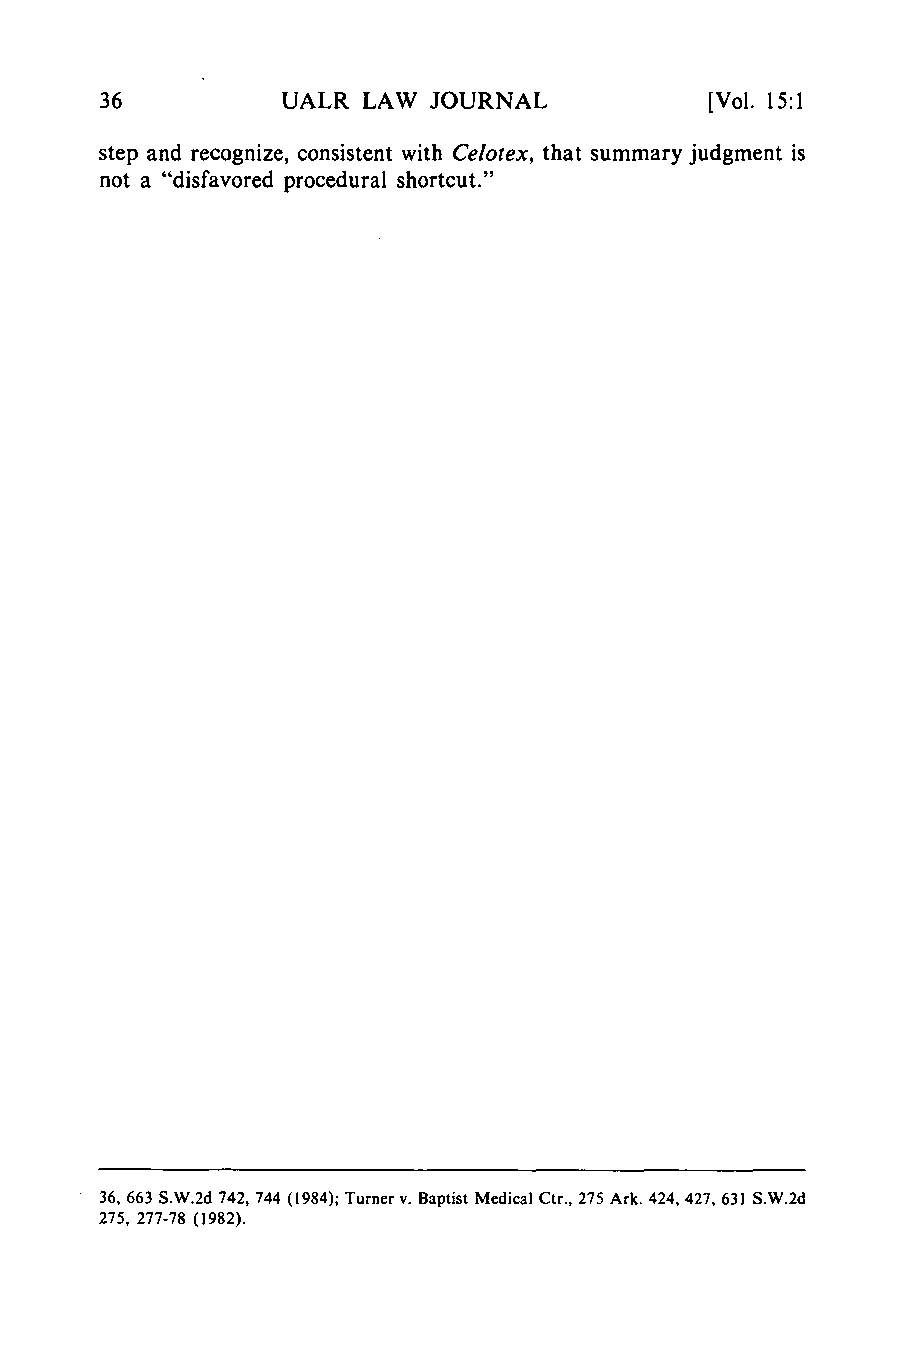
UALR LAW JOURNAL            [Vol. 15:1
 step and recognize, consistent with Celotex, that summary judgment is
 not a "disfavored procedural shortcut."
 36, 663 S.W.2d 742, 744 (1984); Turner v. Baptist Medical Ctr., 275 Ark. 424, 427, 631 S.W.2d
 275, 277-78 (1982).